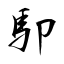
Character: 駠